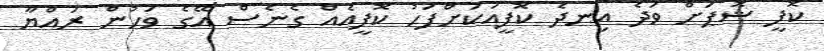
ކޮފީ ޝޮޕަށް ވަދެ އިނދެ ކޮފީއަކަށްފަހު ކޮފީއެއް ގެނެސް އޭގެ ވަހުން ރައްޔާ